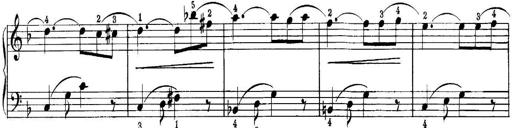
Title: Quatres sonatines
Composer: Tadeusz Joteyko